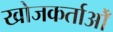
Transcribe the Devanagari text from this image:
खोजकर्ताओँ